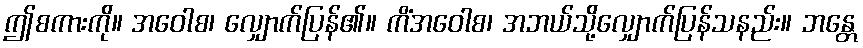
ဤစကားကို။ အဝေါစ၊ လျှောက်ပြန်၏။ ကိံအဝေါစ၊ အဘယ်သို့လျှောက်ပြန်သနည်း။ ဘန္တေ